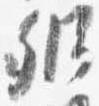
弁